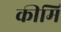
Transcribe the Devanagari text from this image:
कीमि